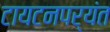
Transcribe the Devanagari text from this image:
टायटनपर्यंत